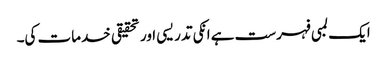
ایک لمبی فہرست ہے انکی تدریسی اور تحقیقی خدمات کی۔